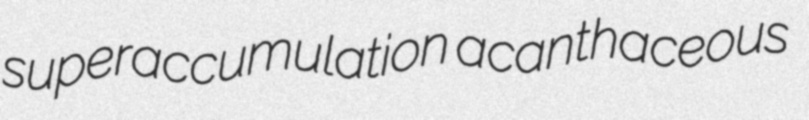
superaccumulation acanthaceous